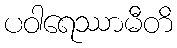
ပဝါရေဿာမီတိ